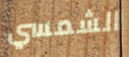
الشمسي